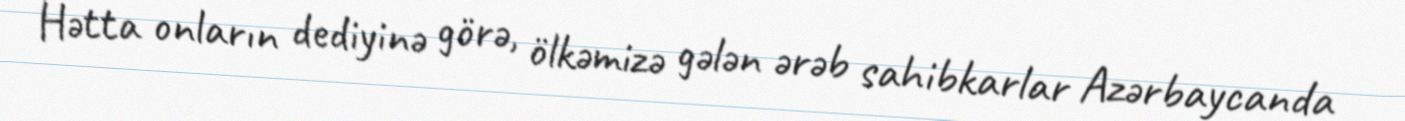
Hətta onların dediyinə görə, ölkəmizə gələn ərəb sahibkarlar Azərbaycanda